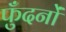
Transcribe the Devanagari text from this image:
फुँदनों